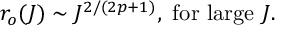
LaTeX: r _ { o } ( J ) \sim J ^ { 2 / ( 2 p + 1 ) } , \mathrm { ~ f o r ~ l a r g e } \ J .